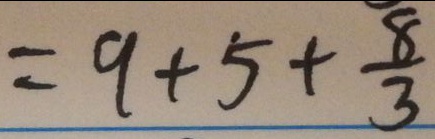
= 9 + 5 + \frac { 8 } { 3 }